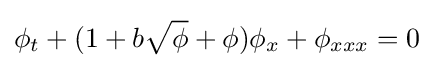
\phi _{t}+(1+b{\sqrt {\phi }}+\phi )\phi _{x}+\phi _{xxx}=0